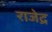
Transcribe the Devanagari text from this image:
राजेद्र